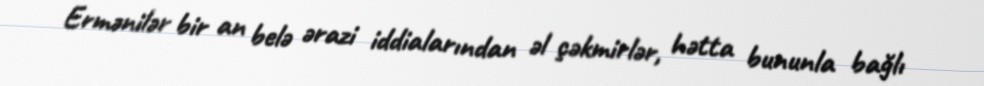
Ermənilər bir an belə ərazi iddialarından əl çəkmirlər, hətta bununla bağlı